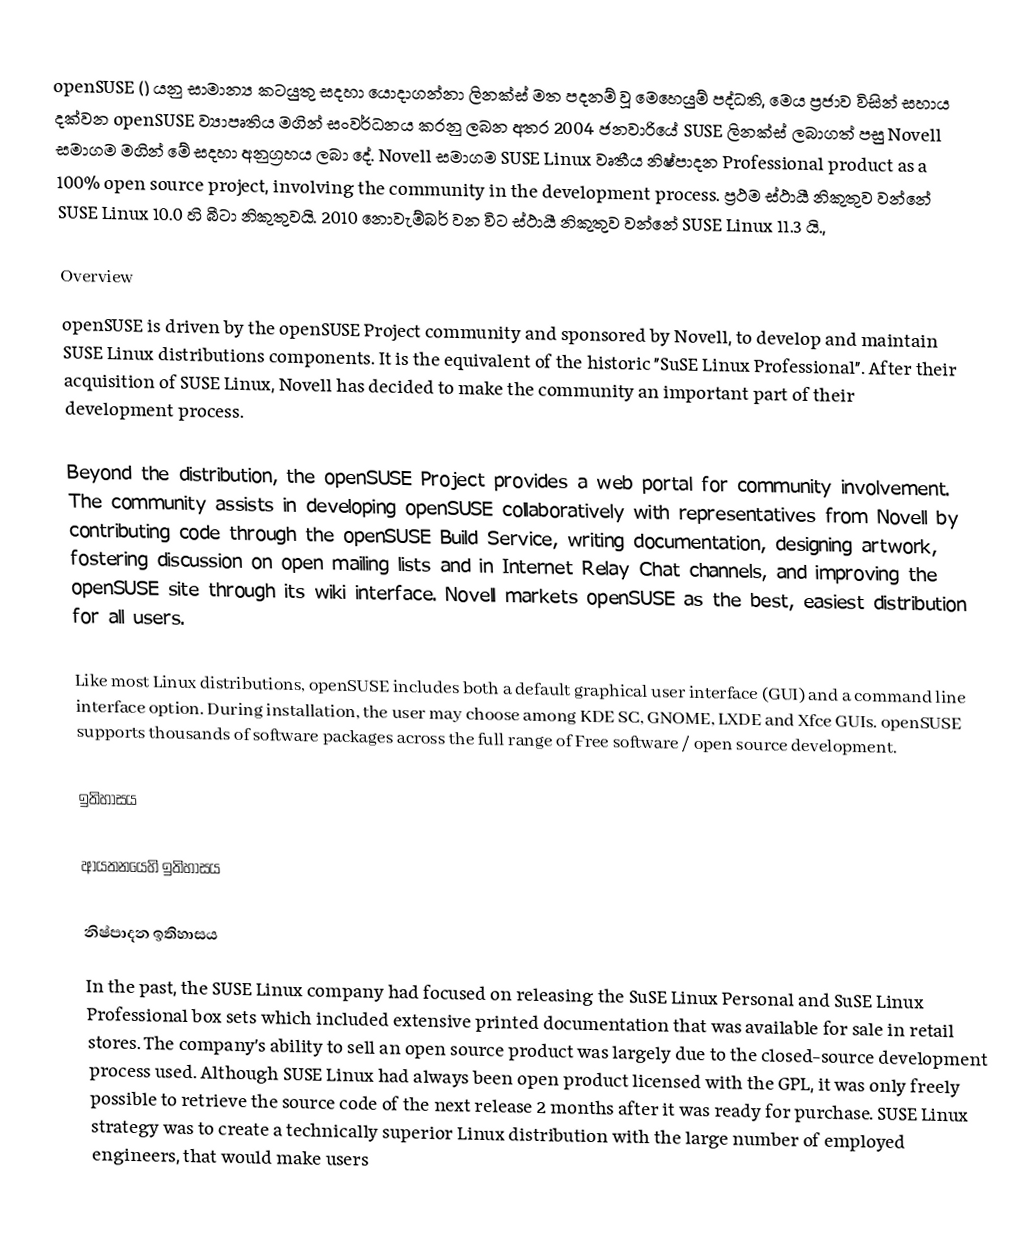
openSUSE () යනු සාමාන්‍ය කටයුතු සදහා යොදාගන්නා ලිනක්ස් මත පදනම් වූ මෙහෙයුම් පද්ධති, මෙය ප්‍රජාව විසින් සහාය දක්වන openSUSE ව්‍යාපෘතිය මගින් සංවර්ධනය කරනු ලබන අතර 2004 ජනවාරියේ SUSE ලිනක්ස් ලබාගත් පසු Novell සමාගම මගින් මේ සදහා අනුග්‍රහය ලබා දේ.  Novell සමාගම SUSE Linux වෘතීය නිෂ්පාදන Professional product as a 100% open source project, involving the community in the development process. ප්‍රථම ස්ථායී නිකුතුව වන්නේ SUSE Linux 10.0 හි බීටා නිකුතුවයි. 2010 නොවැම්බර් වන විට ස්ථායී නිකුතුව වන්නේ SUSE Linux 11.3 යි.,

Overview
openSUSE is driven by the openSUSE Project community and sponsored by Novell, to develop and maintain SUSE Linux distributions components. It is the equivalent of the historic "SuSE Linux Professional". After their acquisition of SUSE Linux, Novell has decided to make the community an important part of their development process.

Beyond the distribution, the openSUSE Project provides a web portal for community involvement. The community assists in developing openSUSE collaboratively with representatives from Novell by contributing code through the openSUSE Build Service, writing documentation, designing artwork, fostering discussion on open mailing lists and in Internet Relay Chat channels, and improving the openSUSE site through its wiki interface. Novell markets openSUSE as the best, easiest distribution for all users.

Like most Linux distributions, openSUSE includes both a default graphical user interface (GUI) and a command line interface option. During installation, the user may choose among KDE SC, GNOME, LXDE and Xfce GUIs. openSUSE supports thousands of software packages across the full range of Free software / open source development.

ඉතිහාසය

ආයතනයෙහි ඉතිහාසය

නිෂ්පාදන ඉතිහාසය
In the past, the SUSE Linux company had focused on releasing the SuSE Linux Personal and SuSE Linux Professional box sets which included extensive printed documentation that was available for sale in retail stores. The company's ability to sell an open source product was largely due to the closed-source development process used. Although SUSE Linux had always been open product licensed with the GPL, it was only freely possible to retrieve the source code of the next release 2 months after it was ready for purchase. SUSE Linux strategy was to create a technically superior Linux distribution with the large number of employed engineers, that would make users